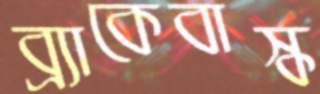
ব্র্যাকেবাস্ক